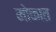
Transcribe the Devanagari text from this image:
मोकात